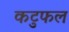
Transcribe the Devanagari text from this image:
कटुफल